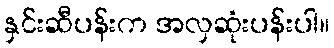
နှင်းဆီပန်းက အလှဆုံးပန်းပါ။